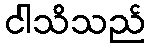
ငါသိသည်